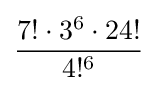
{\frac {7!\cdot 3^{6}\cdot 24!}{4!^{6}}}